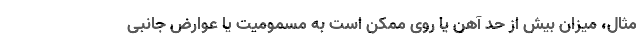
مثال، میزان بیش از حد آهن یا روی ممکن است به مسمومیت یا عوارض جانبی